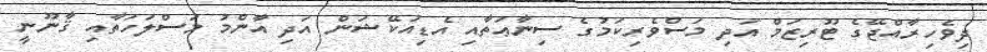
ދިވެހިރާއްޖޭގެ ޓޫރިޒަމް އަދި މަސްވެރިކަމުގެ ސިނާޢަތާއި އެޑިއުކޭޝަން އަދި އާންމު މަސްލަހަތާއި ޤާނޫނީ